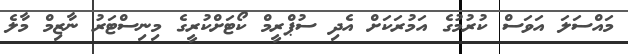
މައްސަލަ އަވަސް ކުރުމުގެ އަމުރަކަށް އެދި ސުޕްރީމް ކޯޓަށްކުރީގެ މިނިސްޓަރު ނާޒިމް މާލެ